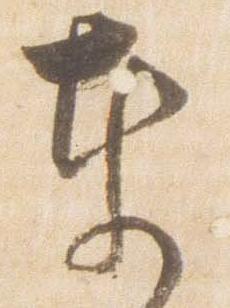
東